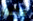
قشور